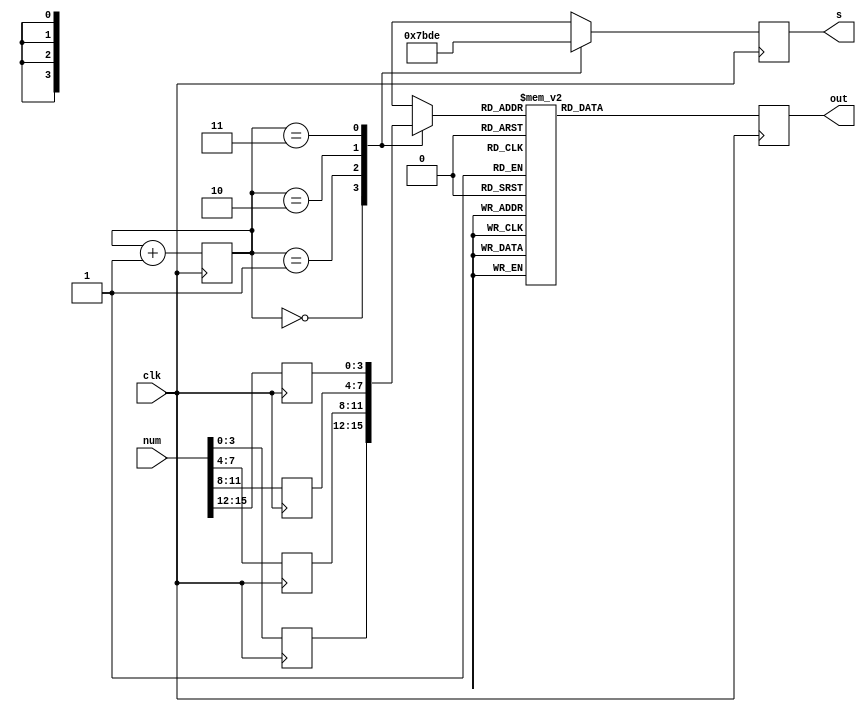
`timescale 1ns / 1ps
//////////////////////////////////////////////////////////////////////////////////
// Company: 
// Engineer: 
// 
// Design Name: 
// Module Name: smg
// Project Name: 
// Target Devices: 
// Tool Versions: 
// Description: 
// 
// Dependencies: 
// 
// Revision:
// Revision 0.01 - File Created
// Additional Comments:
// 
//////////////////////////////////////////////////////////////////////////////////


module smg(input clk,input [15:0] num,
           output reg [3:0] s,output reg [7:0] out);
reg [1:0] choose_l;     
reg [3:0] tempNum0,tempNum1,tempNum2,tempNum3,numOutNow;

initial begin 
   choose_l<=0;
   s=0;
   out=0;
end

always@(posedge clk) begin
 choose_l<=choose_l+1;
 tempNum0<=num[3:0];
 tempNum1<=num[7:4];
 tempNum2<=num[11:8];
 tempNum3<=num[15:12];
  
case(choose_l)
   0:begin
   s<=4'b0111;
   numOutNow=tempNum0;
   end
   1:begin
   s<=4'b1011;
   numOutNow=tempNum1;
   end
   2:begin
   s<=4'b1101;
   numOutNow=tempNum2;
   end
   3:begin
   s<=4'b1110;
   numOutNow=tempNum3;
   end
   endcase

 case(numOutNow)
  0:out=8'hc0;
  1:out=8'hf9;
  2:out=8'ha4;
  3:out=8'hb0;
  4:out=8'h99;
  5:out=8'h92;
  6:out=8'h82;
  7:out=8'hf8;
  8:out=8'h80;
  9:out=8'h90;
  10:out=8'h88;
  11:out=8'h83;
  12:out=8'hc6;
  13:out=8'ha1;
  14:out=8'h86;
  15:out=8'h8e;
  default:out=8'hff;
  endcase
 
end

endmodule